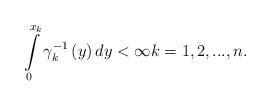
LaTeX: \begin{align*}\int\limits_{0}^{x_{k}}\gamma _{k}^{-1}\left( y\right) dy<\infty k=1,2,...,n. \end{align*}